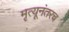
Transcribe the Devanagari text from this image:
मृत्यूनंतरच